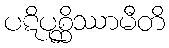
ပဋိပုစ္ဆိဿာမီတိ